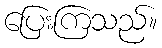
ပြေးကြသည်။